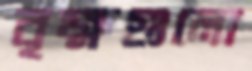
বৃক্ষগুলো